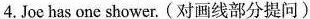
4. Joc has \underline{one} shower. (对画线部分提问)